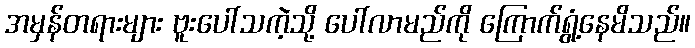
အမှန်တရားများ ဗူးပေါ်သကဲ့သို့ ပေါ်လာမည်ကို ကြောက်ရွံ့နေမိသည်။